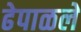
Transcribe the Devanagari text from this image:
ढेपाळले